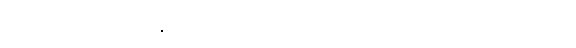
အကြောင်းကတော့ ပြီးသွားပါပြီ၊ ယခု ပါဏာတိပါတ အမှုမှာ ကြဉ်ရှောင်တဲ့ ကုသိုလ်ကံ၏